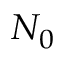
N _ { 0 }